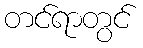
တင်ရာတွင်